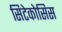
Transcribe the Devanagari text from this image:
सिटेकोसिस